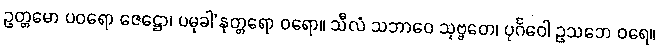
ဥတ္တမော ပဝရော ဇေဋ္ဌော၊ ပမုခါ’နုတ္တရော ဝရော။ သီလံ သဘာဝေ သုဗ္ဗတေ၊ ပုင်္ဂဝေါ ဥသဘေ ဝရေ။